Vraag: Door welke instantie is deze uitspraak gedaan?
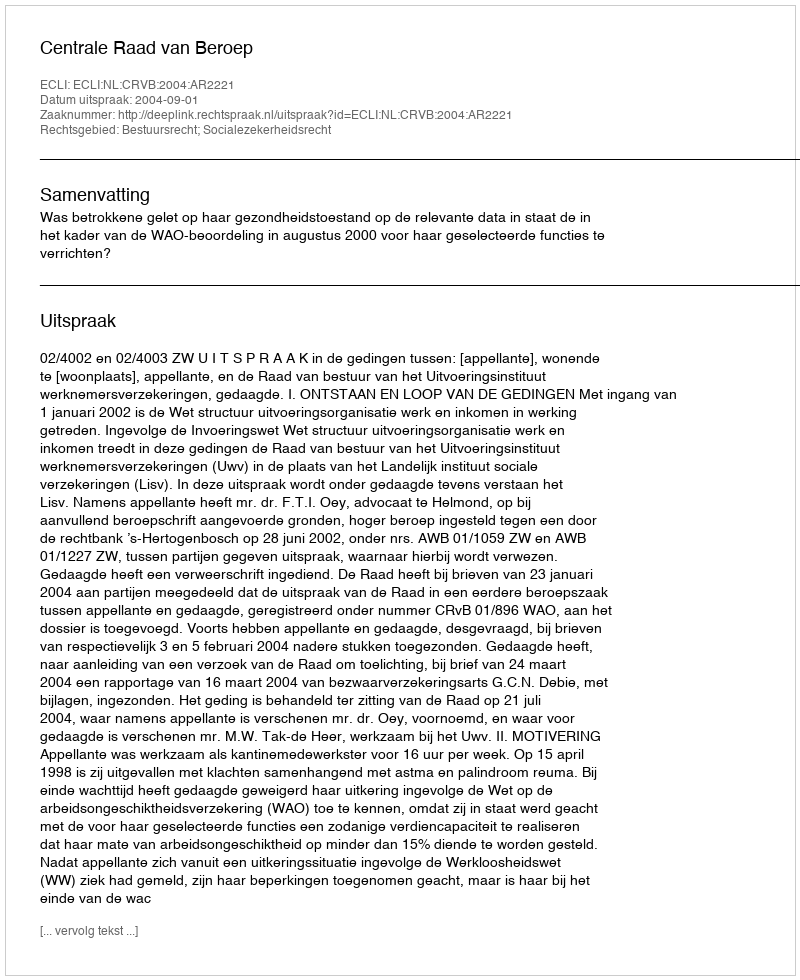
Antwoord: Centrale Raad van Beroep